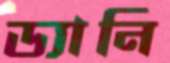
ড্যানি